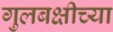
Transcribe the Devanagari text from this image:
गुलबक्षीच्या